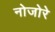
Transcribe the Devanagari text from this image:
नोजोरे